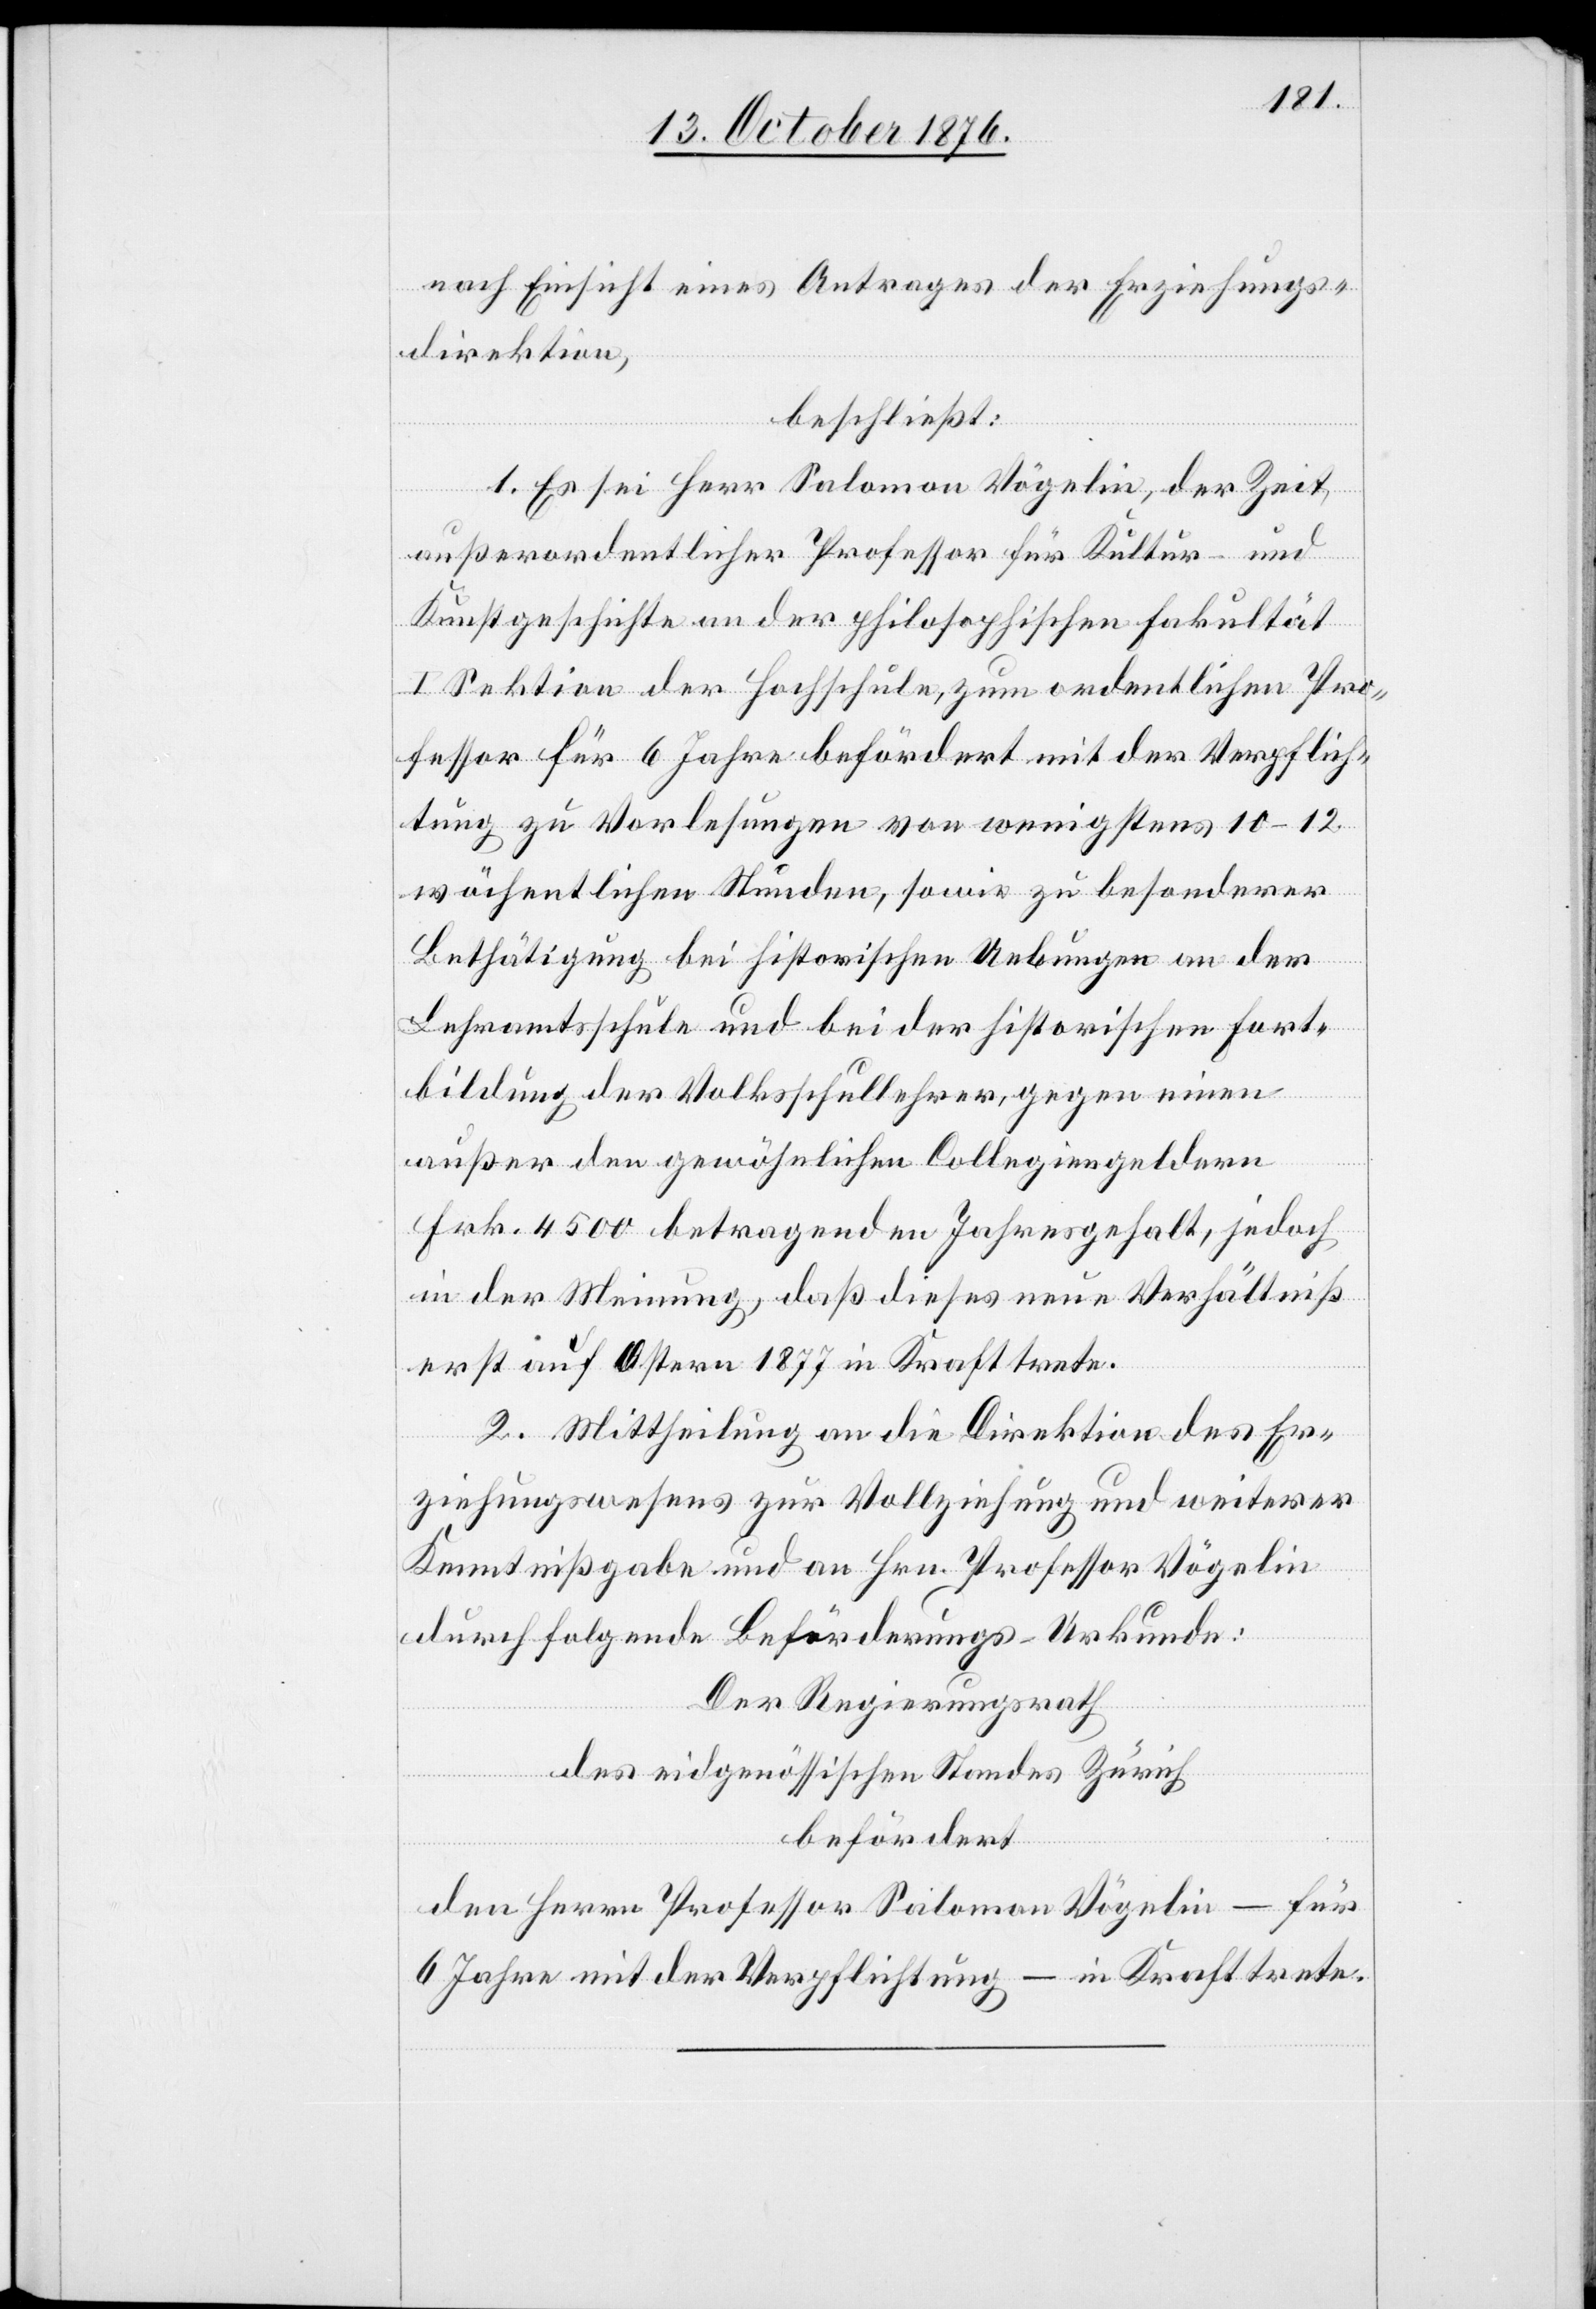
nach Einsicht eines Antrages der Erziehungs¬
direktion,
beschließt:
1. Es sei Herr Salomon Vögelin , der Zeit
außerordentlicher Professor für Kultur- und
Kunstgeschichte an der philosophischen Fakultät
I Sektion der Hochschule, zum ordentlichen Pro¬
fessor für 6 Jahre befördert mit der Verpflich¬
tung zu Vorlesungen von wenigstens 10–12
wöchentlichen Stunden, sowie zu besonderer
Bethätigung bei historischen Uebungen an der
Lehramtsschule und bei der historischen Fort¬
bildung der Volksschullehrer, gegen einen
außer den gewöhnlichen Collegiengeldern
Frk. 4500 betragenden Jahresgehalt, jedoch
in der Meinung, daß dieses neue Verhältniß
erst auf Ostern 1877 in Kraft trete.
2. Mittheilung an die Direktion des Er¬
ziehungswesens zur Vollziehung und weiterer
Kenntnißgabe und an Hrn. Professor Vögelin
durch folgende Beförderungs-Urkunde.
Der Regierungsrath
des eidgenössischen Standes Zürich
befördert
den Herren Professor Salomon Vögelin – für
6 Jahre mit der Verpflichtung – in Kraft trete.